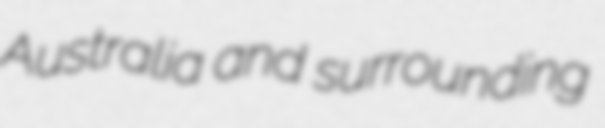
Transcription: Australia and surrounding